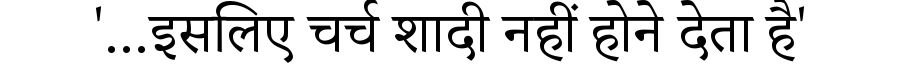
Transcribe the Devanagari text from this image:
'...इसलिए चर्च शादी नहीं होने देता है'